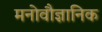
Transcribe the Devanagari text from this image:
मनोवौज्ञानिक